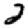
Digit: 2